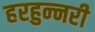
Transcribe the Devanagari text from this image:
हरहुन्‍नरी